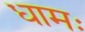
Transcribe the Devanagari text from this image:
धामः